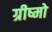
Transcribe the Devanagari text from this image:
ग्रीष्मो